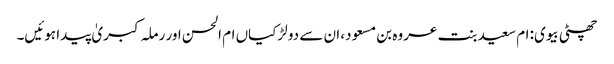
چھٹی بیوی: ام سعید بنت عروہ بن مسعود، ان سے دو لڑکیاں ام الحسن اور رملہ کبریٰ پیدا ہوئیں۔